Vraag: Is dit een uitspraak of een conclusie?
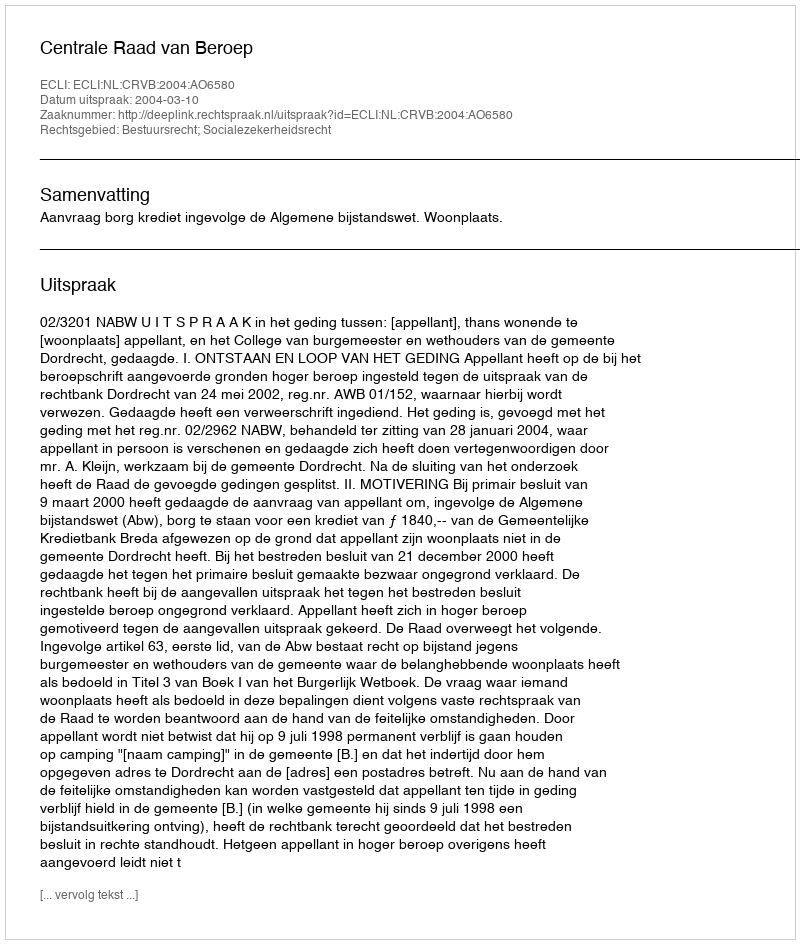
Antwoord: Uitspraak